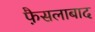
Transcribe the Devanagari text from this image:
फै़सलाबाद